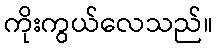
ကိုးကွယ်လေသည်။